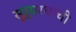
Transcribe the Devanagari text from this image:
सूर्यरथाची